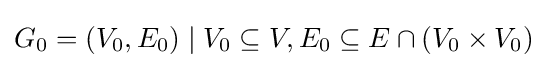
G_{0}=(V_{0},E_{0})\mid V_{0}\subseteq V,E_{0}\subseteq E\cap (V_{0}\times V_{0})